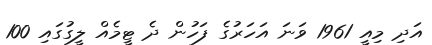
އަދި މިއީ 1961 ވަނަ އަހަރުގެ ފަހުން ދެ ޓީމެއް ލީގުގައި 100